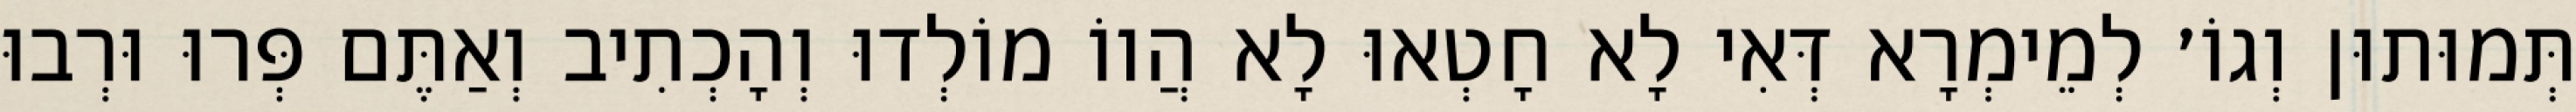
תְּמוּתוּן וְגוֹ׳ לְמֵימְרָא דְּאִי לָא חָטְאוּ לָא הֲווֹ מוֹלְדוּ וְהָכְתִיב וְאַתֶּם פְּרוּ וּרְבוּ